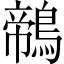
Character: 鶙